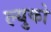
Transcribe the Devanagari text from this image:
ल्युको